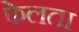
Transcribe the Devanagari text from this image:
फेलता